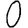
Digit: 0